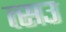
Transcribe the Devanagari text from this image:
त्सउ